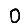
Digit: 0